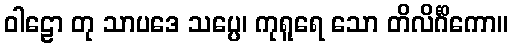
ဝါဠော တု သာပဒေ သပ္ပေ၊ ကုရူရေ သော တိလိင်္ဂိကော။